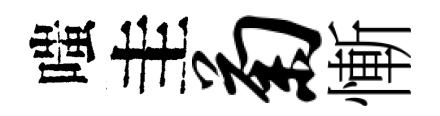
嗤圭菊慚